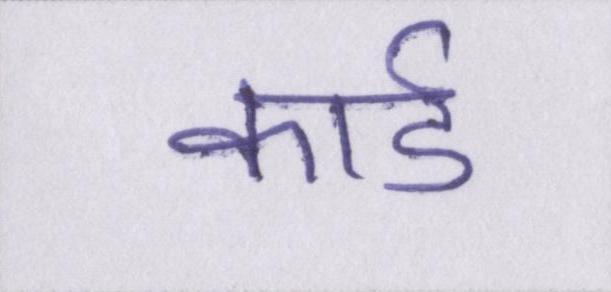
कार्ड